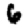
Digit: 6